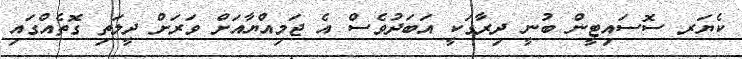
ކެޔަރ ސޮސައިޓީން ބުނީ ދިރާގަކީ އަބަދުވެސް އެ ޖަމިއްޔާއަށް ވަރަށް ދީލަތި ގޮތެއްގައި